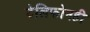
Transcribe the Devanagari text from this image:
टेलिफोनही